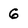
Character: 6